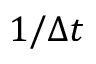
1 / \Delta t